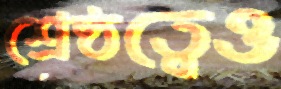
শ্রেষ্ঠত্বেও